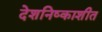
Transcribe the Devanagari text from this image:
देशनिष्काशीत